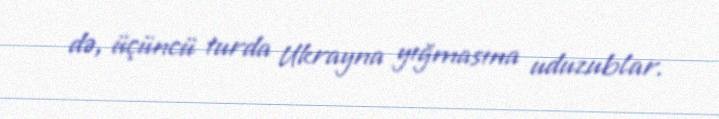
də, üçüncü turda Ukrayna yığmasına uduzublar.